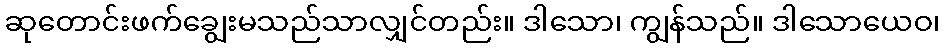
ဆုတောင်းဖက်ချွေးမသည်သာလျှင်တည်း။ ဒါသော၊ ကျွန်သည်။ ဒါသောယေဝ၊